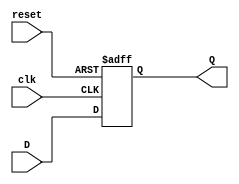
module DFF_1 (D,clk,reset,Q);
input D; // Data input 
input clk; // clock input 
input reset; // synchronous reset 
output reg Q; // output Q 



always @(posedge clk or negedge reset ) 
begin
 if(!reset)
  Q <= 1'b1; 
 else 
  Q <= D; 
end 
endmodule